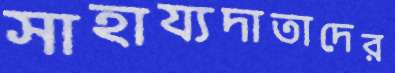
সাহায্যদাতাদের